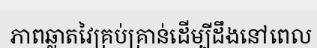
ភាពឆ្លាតវៃគ្រប់គ្រាន់ដើម្បីដឹងនៅពេល